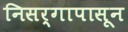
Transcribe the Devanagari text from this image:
निसर्गापासून